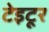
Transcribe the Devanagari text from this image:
टेइटूर